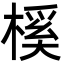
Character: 榽